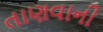
તાણવાની